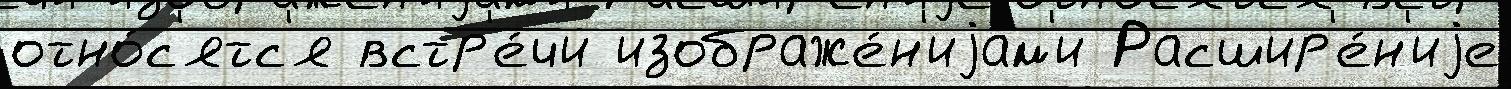
отно́с'ятс'я встр'е́чи изображе́н'иjам'и Расшир'е́н'иjе